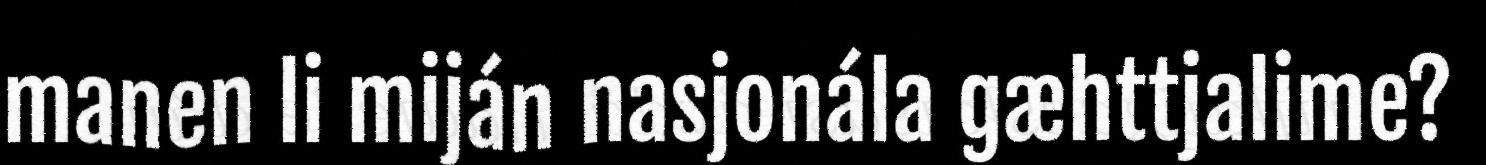
manen li miján nasjonála gæhttjalime?